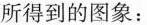
所得到的图象：